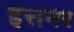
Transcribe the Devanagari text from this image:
इत्तनर